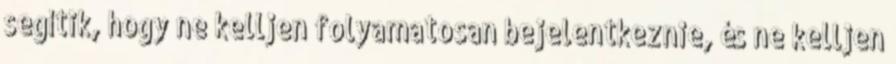
segítik, hogy ne kelljen folyamatosan bejelentkeznie, és ne kelljen